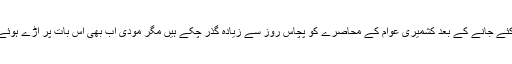
بھارت کی طرف سے کشمیر میں آئین کی دفعہ تین سو ستر کو ختم کئے جانے کے بعد کشمیری عوام کے محاصرے کو پچاس روز سے زیادہ گذر چکے ہیں مگر مودی اب بھی اس بات پر اڑے ہوئے ہیں کہ آئین کی وہ شق بڑی رکاوٹ تھی جس کو ختم کردیا گیا ہے۔